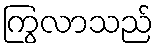
ကြွလာသည်